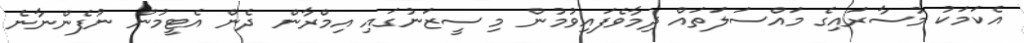
އެކަަމަކު މުސާރަައިގެ މައްސަލަތައް ދިމާވެފައިވުމުން މި ސީޒަނުގައި އިމްރާން ދެން އެޓީމުން ނުފެންނާނެ